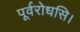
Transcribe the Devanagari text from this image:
पूर्वरोधसि।